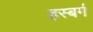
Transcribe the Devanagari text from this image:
हस्बर्ग